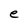
Character: e